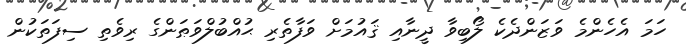
ހަމަ އެހެންމެ ވަޒަންދެކެ ލޯބިވާ ދީނާއި ޤައުމަށް ވަފާތެރި ޙުއްބުލްވަޠަންގެ ރިވެތި ސިފަތަކުން